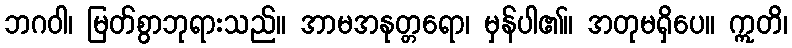
ဘဂဝါ၊ မြတ်စွာဘုရားသည်။ အာမအနုတ္တရော၊ မှန်ပါ၏။ အတုမရှိပေ။ ဣတိ၊